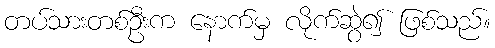
တပ်သားတစ်ဦးက နောက်မှ လိုက်ဆွဲ၍ ဖြစ်သည်။